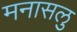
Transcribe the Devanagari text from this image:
मनासलु